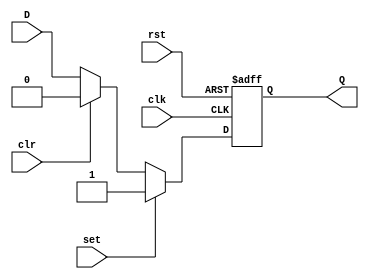
module DFF (
    input wire clk, rst, set, clr,
    input wire D,
    output reg Q
);

always @(posedge clk or posedge rst) begin
    if (rst)
        Q <= 1'b0;
    else if (set)
        Q <= 1'b1;
    else if (clr)
        Q <= 1'b0;
    else
        Q <= D;
end

endmodule